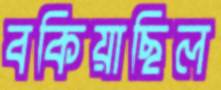
বকিয়াছিল